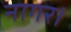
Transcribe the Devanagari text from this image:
नागर।